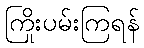
ကြိုးပမ်းကြရန်